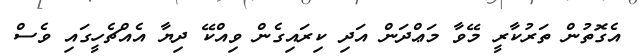
އެގޮތުން ތަރުކާރީ މޭވާ މަޢްދަން އަދި ކިރައިގެން ވިއްކޭ ދިޔާ އެއްޗެހީގައި ވެސް